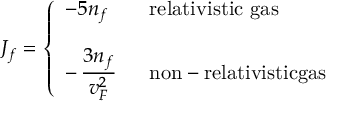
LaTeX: J _ { f } = \left\{ \begin{array} { l l } { { - 5 n _ { f } \quad } } & { { \mathrm { r e l a t i v i s t i c ~ g a s } } } \\ { { } } & { { } } \\ { { - \, \frac { \textstyle 3 n _ { f } } { \textstyle v _ { F } ^ { 2 } } } } & { { \mathrm { n o n - r e l a t i v i s t i c g a s } } } \end{array} \right.